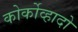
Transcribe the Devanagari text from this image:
कोर्कोव्हादो